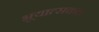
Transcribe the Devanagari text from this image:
भूयात्सकल